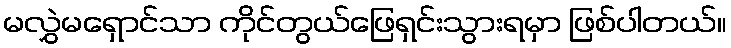
မလွှဲမရှောင်သာ ကိုင်တွယ်ဖြေရှင်းသွားရမှာ ဖြစ်ပါတယ်။